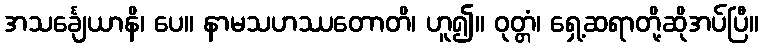
အသင်္ချေယာနိ၊ ပေ။ နာမသဟဿတောတိ၊ ဟူ၍။ ဝုတ္တံ၊ ရှေ့ဆရာတို့ဆိုအပ်ပြီ။